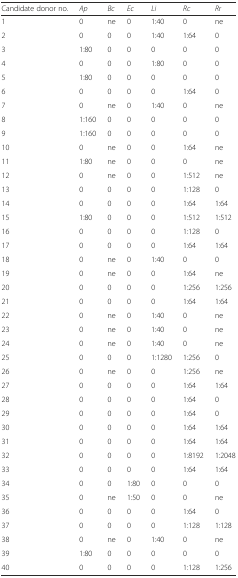
<table><thead><tr><td><b>Candidate donor no.</b></td><td><b><i>Ap</i></b></td><td><b><i>Bc</i></b></td><td><b><i>Ec</i></b></td><td><b><i>Li</i></b></td><td><b><i>Rc</i></b></td><td><b><i>Rr</i></b></td></tr></thead><tbody><tr><td>1</td><td>0</td><td>ne</td><td>0</td><td>1:40</td><td>0</td><td>ne</td></tr><tr><td>2</td><td>0</td><td>0</td><td>0</td><td>1:40</td><td>1:64</td><td>0</td></tr><tr><td>3</td><td>1:80</td><td>0</td><td>0</td><td>0</td><td>0</td><td>0</td></tr><tr><td>4</td><td>0</td><td>0</td><td>0</td><td>1:80</td><td>0</td><td>0</td></tr><tr><td>5</td><td>1:80</td><td>0</td><td>0</td><td>0</td><td>0</td><td>0</td></tr><tr><td>6</td><td>0</td><td>0</td><td>0</td><td>0</td><td>1:64</td><td>0</td></tr><tr><td>7</td><td>0</td><td>ne</td><td>0</td><td>1:40</td><td>0</td><td>ne</td></tr><tr><td>8</td><td>1:160</td><td>0</td><td>0</td><td>0</td><td>0</td><td>0</td></tr><tr><td>9</td><td>1:160</td><td>0</td><td>0</td><td>0</td><td>0</td><td>0</td></tr><tr><td>10</td><td>0</td><td>ne</td><td>0</td><td>0</td><td>1:64</td><td>ne</td></tr><tr><td>11</td><td>1:80</td><td>ne</td><td>0</td><td>0</td><td>0</td><td>ne</td></tr><tr><td>12</td><td>0</td><td>ne</td><td>0</td><td>0</td><td>1:512</td><td>ne</td></tr><tr><td>13</td><td>0</td><td>0</td><td>0</td><td>0</td><td>1:128</td><td>0</td></tr><tr><td>14</td><td>0</td><td>0</td><td>0</td><td>0</td><td>1:64</td><td>1:64</td></tr><tr><td>15</td><td>1:80</td><td>0</td><td>0</td><td>0</td><td>1:512</td><td>1:512</td></tr><tr><td>16</td><td>0</td><td>0</td><td>0</td><td>0</td><td>1:128</td><td>0</td></tr><tr><td>17</td><td>0</td><td>0</td><td>0</td><td>0</td><td>1:64</td><td>1:64</td></tr><tr><td>18</td><td>0</td><td>ne</td><td>0</td><td>1:40</td><td>0</td><td>0</td></tr><tr><td>19</td><td>0</td><td>ne</td><td>0</td><td>0</td><td>1:64</td><td>ne</td></tr><tr><td>20</td><td>0</td><td>0</td><td>0</td><td>0</td><td>1:256</td><td>1:256</td></tr><tr><td>21</td><td>0</td><td>0</td><td>0</td><td>0</td><td>1:64</td><td>1:64</td></tr><tr><td>22</td><td>0</td><td>ne</td><td>0</td><td>1:40</td><td>0</td><td>ne</td></tr><tr><td>23</td><td>0</td><td>ne</td><td>0</td><td>1:40</td><td>0</td><td>ne</td></tr><tr><td>24</td><td>0</td><td>ne</td><td>0</td><td>1:40</td><td>0</td><td>ne</td></tr><tr><td>25</td><td>0</td><td>0</td><td>0</td><td>1:1280</td><td>1:256</td><td>0</td></tr><tr><td>26</td><td>0</td><td>ne</td><td>0</td><td>0</td><td>1:256</td><td>ne</td></tr><tr><td>27</td><td>0</td><td>0</td><td>0</td><td>0</td><td>1:64</td><td>1:64</td></tr><tr><td>28</td><td>0</td><td>0</td><td>0</td><td>0</td><td>1:64</td><td>0</td></tr><tr><td>29</td><td>0</td><td>0</td><td>0</td><td>0</td><td>1:64</td><td>0</td></tr><tr><td>30</td><td>0</td><td>0</td><td>0</td><td>0</td><td>1:64</td><td>1:64</td></tr><tr><td>31</td><td>0</td><td>0</td><td>0</td><td>0</td><td>1:64</td><td>1:64</td></tr><tr><td>32</td><td>0</td><td>0</td><td>0</td><td>0</td><td>1:8192</td><td>1:2048</td></tr><tr><td>33</td><td>0</td><td>0</td><td>0</td><td>0</td><td>1:64</td><td>1:64</td></tr><tr><td>34</td><td>0</td><td>0</td><td>1:80</td><td>0</td><td>0</td><td>0</td></tr><tr><td>35</td><td>0</td><td>ne</td><td>1:50</td><td>0</td><td>0</td><td>ne</td></tr><tr><td>36</td><td>0</td><td>0</td><td>0</td><td>0</td><td>1:64</td><td>0</td></tr><tr><td>37</td><td>0</td><td>0</td><td>0</td><td>0</td><td>1:128</td><td>1:128</td></tr><tr><td>38</td><td>0</td><td>ne</td><td>0</td><td>1:40</td><td>0</td><td>ne</td></tr><tr><td>39</td><td>1:80</td><td>0</td><td>0</td><td>0</td><td>0</td><td>0</td></tr><tr><td>40</td><td>0</td><td>0</td><td>0</td><td>0</td><td>1:128</td><td>1:256</td></tr></tbody></table>